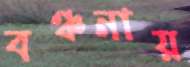
বঞ্চনায়